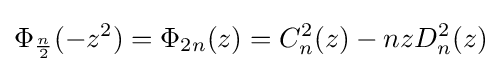
\Phi _{\frac {n}{2}}(-z^{2})=\Phi _{2n}(z)=C_{n}^{2}(z)-nzD_{n}^{2}(z)